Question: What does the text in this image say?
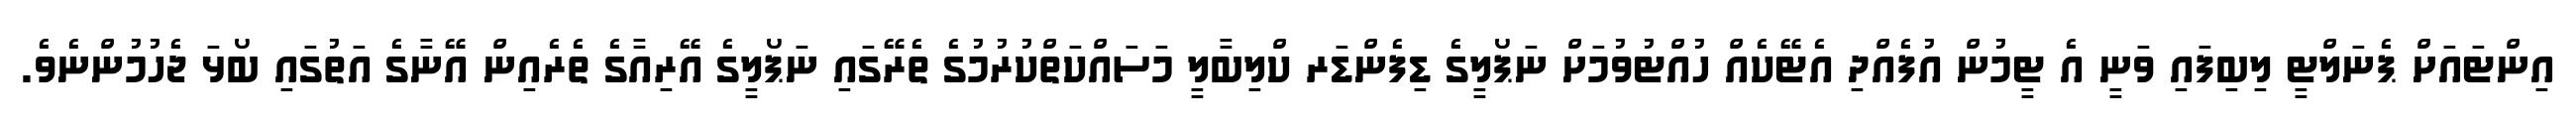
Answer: އިންޓައަށް ޕެނަލްޓީ ލިބިފައި ވަނީ އެ ޓީމުން އުފެއްދި އެޓޭކެއް ހުއްޓުވުމަށް ނަޕޯލީގެ ޑިފެންޑަރ ކްލިބާލީ މަސައްކަތްކުރުމުގެ ތެރޭގައި ނަޕޯލީގެ އޭރިއާގެ ތެރެއިން އޭނާގެ އަތުގައި ބޯޅަ ޖެހުމުންނެވެ.